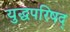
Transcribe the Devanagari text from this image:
युद्धपरिषद्